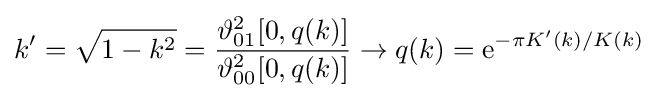
k'={\sqrt {1-k^{2}}}={\frac {\vartheta _{01}^{2}[0,q(k)]}{\vartheta _{00}^{2}[0,q(k)]}}\rightarrow q(k)=\mathrm {e} ^{-\pi K'(k)/K(k)}